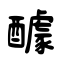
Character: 醵